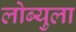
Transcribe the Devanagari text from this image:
लोब्युला